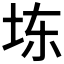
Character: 𪣆